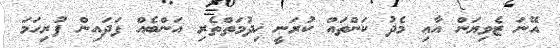
އޭނަ ޒެވިޔަން އާއި މެދު ކަންތައް ކުރަނީ ޚިދުމަތްތެރި އަންބެއް ފަދައިން ފުރިހަމަ